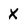
Character: X